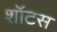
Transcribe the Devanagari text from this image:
शॉटस